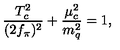
\frac { T _ { c } ^ { 2 } } { ( 2 f _ { \pi } ) ^ { 2 } } + \frac { \mu _ { c } ^ { 2 } } { m _ { q } ^ { 2 } } = 1 ,